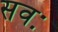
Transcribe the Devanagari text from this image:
सवः